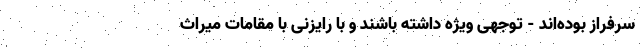
سرفراز بوده‌اند - توجهی ویژه داشته باشند و با رایزنی با مقامات میراث